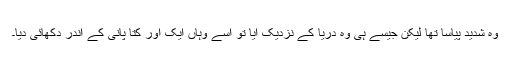
وہ شدید پیاسا تھا لیکن جیسے ہی وہ دریا کے نزدیک آیا تو اسے وہاں ایک اور کتا پانی کے اندر دکھائی دیا۔